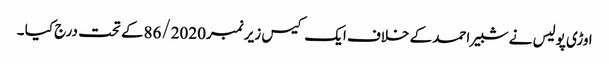
اوڑی پولیس نے شبیر احمد کے خلاف ایک کیس زیر نمبر86/2020کے تحت درج کیا ۔